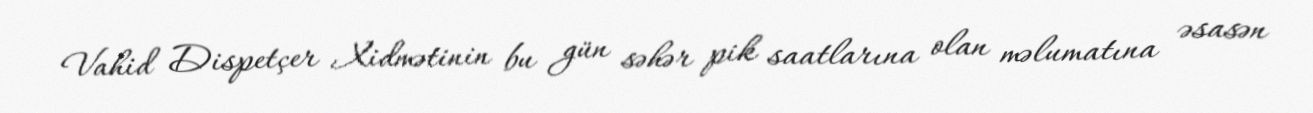
Vahid Dispetçer Xidmətinin bu gün səhər pik saatlarına olan məlumatına əsasən